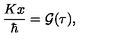
{ \frac { K x } { \hbar } } = { \cal G } ( \tau ) ,